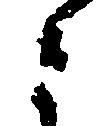
と